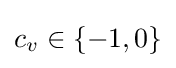
c_{v}\in \{-1,0\}